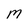
Character: M